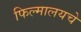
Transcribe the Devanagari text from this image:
फिल्मालयचे